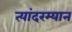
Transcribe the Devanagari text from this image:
त्यांदरम्यान